Vaccination United Provinces of Agra and Oudh 1902-1913 - 1902-1913
Year: 1902
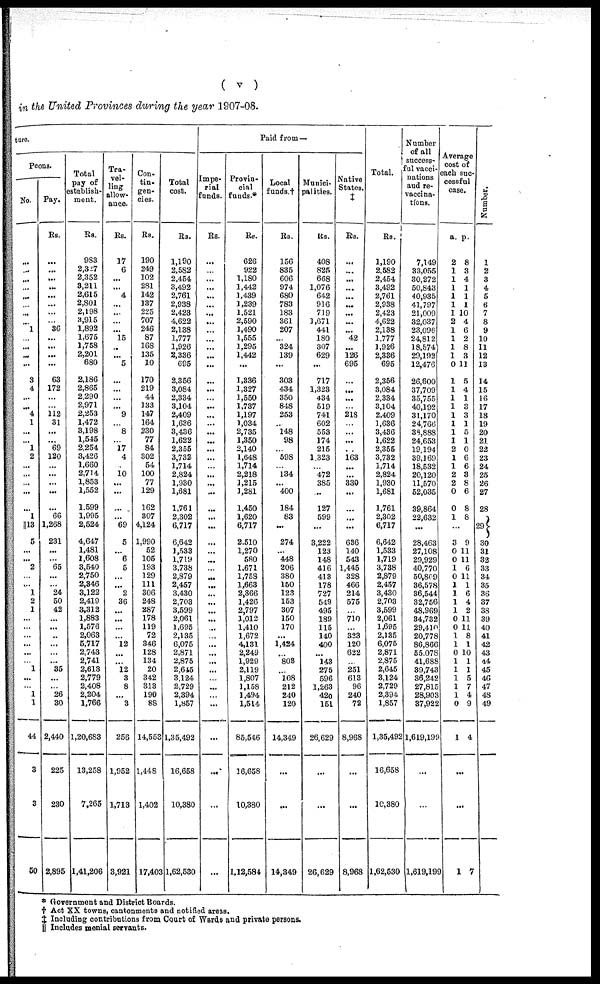
( v )
in the United Provinces during the year 1907-08.
ture.
Peons.
No.
...
...
...
...
...
...
...
...
1
...
...
...
...
3
4
...
...
4
1
...
...
1
2
...
...
...
...
...
1
13
5
...
...
2
...
...
1
2
1
...
...
...
...
...
...
1
...
...
1
1
44
3
3
50
Pay.
Rs.
...
...
...
...
...
...
...
...
36
...
...
...
...
63
172
...
...
112
31
...
...
69
120
...
...
...
...
...
66
1,268
231
...
...
65
...
...
24
50
42
...
...
...
...
...
...
35
...
...
26
30
2,440
225
230
2,895
Total
pay of
establish-
ment.
Rs.
983
2,327
2,352
3,211
2,615
2,801
2,198
3,915
1,892
1,675
1,758
2,201
680
2,186
2,865
2,290
2,971
2,253
1,472
3,198
1,545
2,254
3,426
1,660
2,714
1,853
1,552
1,599
1,995
2,524
4,647
1,481
1,608
3,540
2,750
2,346
3,122
2,419
3,312
1,883
1,576
2,063
5,717
2,743
2,741
2,613
2,779
2,408
2,204
1,766
1,20,683
13,258
7,265
1,41,206
Tra-
vel-
ling
allow-
ance.
Rs.
17
6
...
...
4
...
...
...
...
15
...
...
5
...
...
...
...
9
...
8
...
17
4
...
10
...
...
...
...
69
5
...
6
5
...
...
2
36
...
...
...
...
12
...
...
12
3
8
...
3
256
1,952
1,713
3,921
Con¬
tin¬
gen¬
cies.
Rs.
190
249
102
281
142
137
225
707
246
87
168
135
10
170
219
44
133
147
164
230
77
84
302
54
100
77
129
162
307
4,124
1,990
52
105
193
129
111
306
248
287
178
119
72
346
128
134
20
342
313
190
88
14,553
1,448
1,402
17,403
Total
cost.
Rs.
1,190
2,582
2,454
3,492
2,761
2,938
2,423
4,622
2,138
1,777
1,926
2,336
695
2,356
3,084
2,334
3,104
2,409
1,636
3,436
1,622
2,355
3,732
1,714
2,824
1,930
1,681
1,761
2,302
6,717
6,642
1,533
1,719
3,738
2,879
2,457
3,430
2,703
3,599
2,061
1,695
2,135
6,075
2,871
2,875
2,645
3,124
2,729
2,394
1,857
1,35,492
16,658
10,380
1,62,530
Paid from —
Impe-
rial
funds.
Rs.
...
...
...
...
...
...
...
...
...
...
...
...
...
...
...
...
...
...
...
...
...
...
...
...
...
...
...
...
...
...
...
...
...
...
...
...
...
...
...
...
...
...
...
...
...
...
...
...
...
...
...
...
...
Provin-
cial
funds.*
Rs.
626
922
1,180
1,442
1,439
1,239
1,521
2,590
1,490
1,555
1,295
1,442
...
1,336
1,327
1,550
1,737
1,197
1,034
2,735
1,350
2,140
1,648
1,714
2,218
3,215
3,281
1,450
1,620
6,717
2,510
1,270
580
1,671
1,758
1,663
2,366
1,426
2,797
1,012
1,410
1,672
4,131
2,249
1,929
2,119
1,807
1,158
1,494
1,514
85,546
16,658
10,380
1,12,584
Local
funds.†
Rs.
156
835
606
974
680
783
183
361
207
...
324
139
...
303
434
350
848
253
...
148
98
...
598
...
134
...
400
184
83
...
274
...
448
206
380
150
123
153
307
150
170
...
1,424
...
803
...
108
212
240
120
14,349
...
...
14,349
Munici-
palities.
Rs.
408
825
668
1,076
642
916
719
1,671
441
180
307
629
...
717
1,323
434
519
741
602
553
374
215
1,323
...
472
385
...
127
599
...
3,222
123
148
416
413
178
727
549
495
189
115
140
400
...
143
275
596
1,263
420
151
26,629
...
...
26,629
Native
States.
‡
Rs.
...
...
...
...
...
...
...
...
...
42
...
126
695
...
...
...
...
218
...
...
...
...
163
. ..
...
330
...
...
...
...
636
140
543
1,445
328
466
214
575
...
710
...
323
120
622
...
251
613
96
240
72
8,968
...
...
8,968
Total.
Rs.
1,190
2,582
2,454
3,492
2,761
2,938
2,423
4,622
2,138
1,777
1,926
2,336
695
2,356
3,084
2,334
3,104
2,409
1,636
3,436
1,622
2,355
3,732
1,714
2,824
1,930
1,681
1,761
2,302
6,717
6,642
1,533
1,719
3,738
2,879
2,457
3,430
2,703
3,599
2,061
1,695
2,135
6,075
2,871
2,875
2,645
3,124
2,729
2,394
1,857
1,35,492
16,658
10,380
1,62,530
Number
of all
success-
ful vacci-
nations
and re¬
vaccina-
tions.
7,149
33,055
30,272
50,843
40,935
41,797
21,009
32,037
23,096
24,812
18,574
29,192
12,476
26,600
37,709
35,755
40,192
31,170
24,766
38,888
24,653
19,194
39,169
18,532
20,120
11,570
52,035
39,864
22,632
...
28,463
27,108
29,929
40,770
50,809
36,578
36,544
32,756
48,969
34,732
29,410
20,778
86,866
55,078
41,688
39,743
36,242
27,815
28,903
37,922
1,619,199
...
...
1,619,199
Average
cost of
each suc-
cessful
case.
a.
2
1
1
1
1
1
1
2
1
1
1
1
0
1
1
1
1
1
1
1
1
2
1
1
2
2
0
0
1
p.
8
3
4
1
1
1
10
4
6
2
8
3
11
5
4
1
3
3
1
5
1
0
6
6
3
8
6
8
8
...
3
0
0
1
0
1
1
1
1
0
0
1
1
0
1
1
1
1
1
0
1
9
11
11
6
11
1
6
4
2
11
11
8
1
10
1
1
5
7
4
9
4
...
...
1 7
Number.
1
2
3
4
5
6
7
8
9
10
11
12
13
14
15
16
17
18
19
20
21
22
23
24
25
26
27
28
29
30
31
32
33
34
35
36
37
38
39
40
41
42
43
44
45
46
47
48
49
* Government and District Boards.
† Act XX towns, cantonments and notified areas.
‡ Including contributions from Court of Wards and private persons.
|| Includes menial servants.